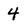
Character: 4